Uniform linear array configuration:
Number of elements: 4
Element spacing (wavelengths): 0.5
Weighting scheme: hann
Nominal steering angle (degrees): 0
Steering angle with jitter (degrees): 0.8289
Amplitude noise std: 0.05
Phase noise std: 0.05

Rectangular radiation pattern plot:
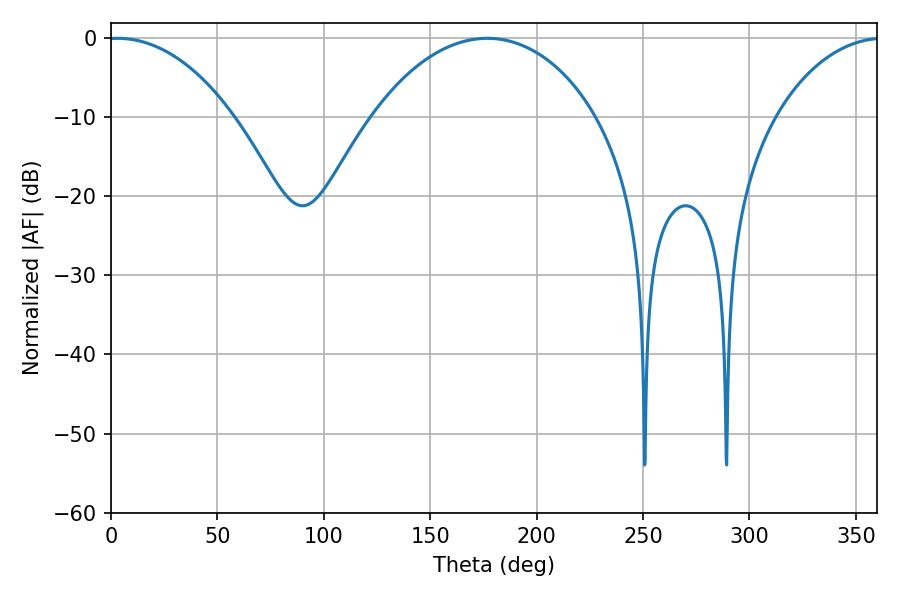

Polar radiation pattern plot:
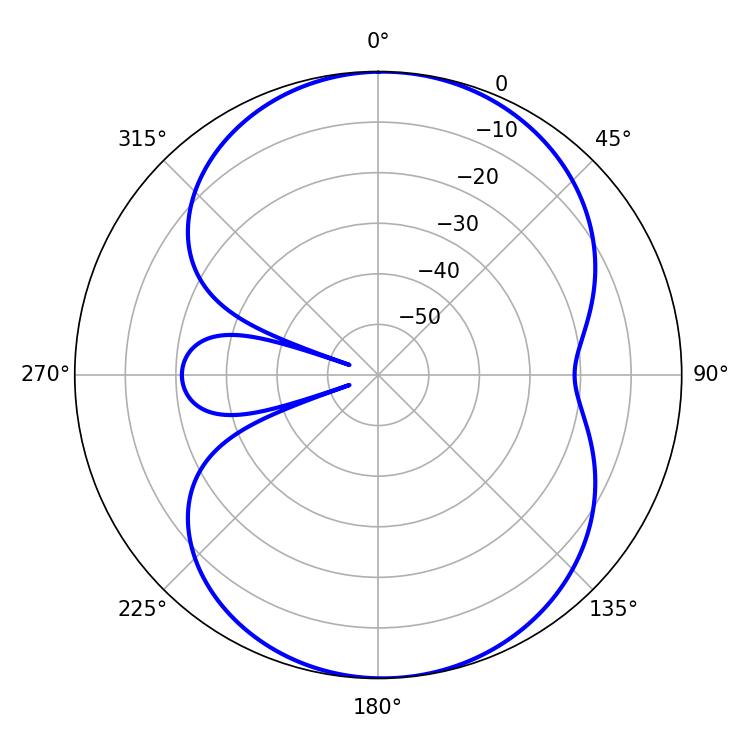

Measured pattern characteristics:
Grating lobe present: FALSE
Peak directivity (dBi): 11.096
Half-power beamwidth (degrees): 59.94
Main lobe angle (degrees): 176.76